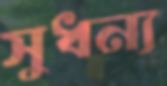
সুধন্য